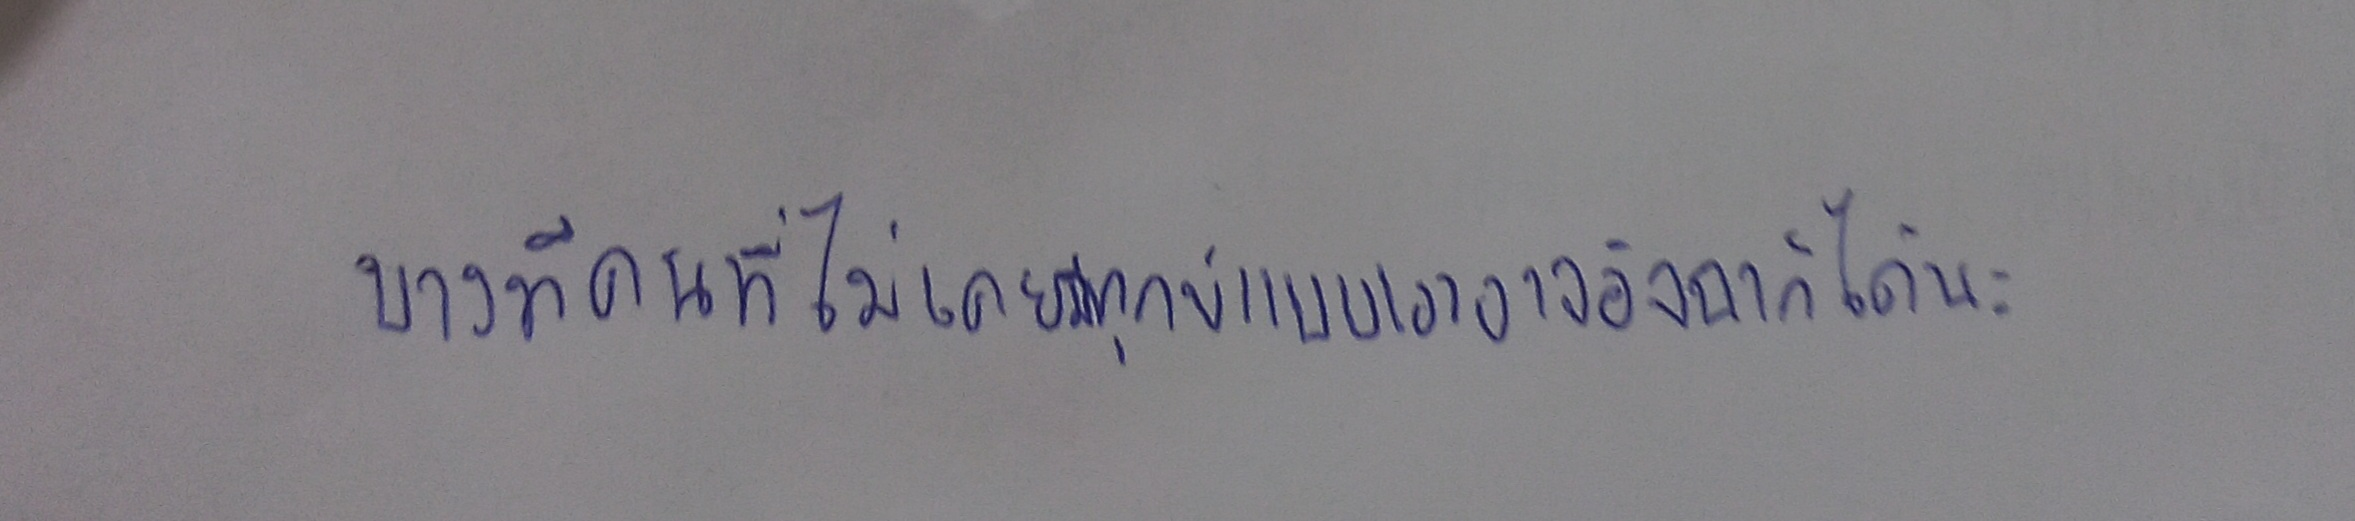
บางทีคนที่ไม่เคยมีทุกข์แบบเราอาจอิจฉาก็ได้นะ